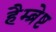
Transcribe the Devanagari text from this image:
हैम्ब्रेष्ट